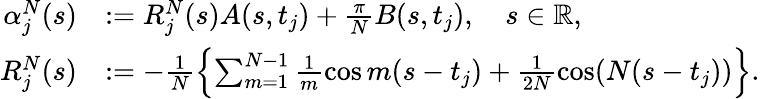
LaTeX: \begin{array}{rl}{\alpha_{j}^{N}(s)}&{:=R_{j}^{N}(s)A(s,t_{j})+\frac{\pi}{N}B(s,t_{j}),\quad s\in\mathbb{R},}\\ {R_{j}^{N}(s)}&{:=-\frac{1}{N}\left\{ \sum_{m=1}^{N-1}\frac{1}{m}\cos m(s-t_{j})+\frac{1}{2N}\cos(N(s-t_{j}))\right\} .}\end{array}